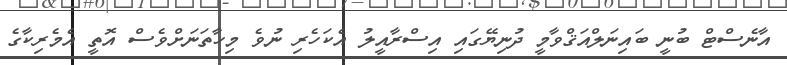
އާނެސްޓް ބުނީ ބައިނަލްއަޤްވާމީ ދުނިޔޭގައި އިސްރާއީލު އެކަހެރި ނުވެ މިހާތަނަށްވެސް އޮތީ އެމެރިކާގެ